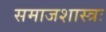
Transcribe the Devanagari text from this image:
समाजशास्त्रः